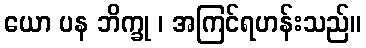
ယော ပန ဘိက္ခု ၊ အကြင်ရဟန်းသည်။